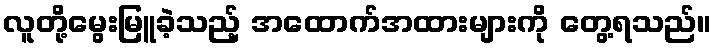
လူတို့မွေးမြူခဲ့သည့် အထောက်အထားများကို တွေ့ရသည်။